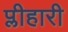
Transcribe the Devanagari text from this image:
प्लीहारी